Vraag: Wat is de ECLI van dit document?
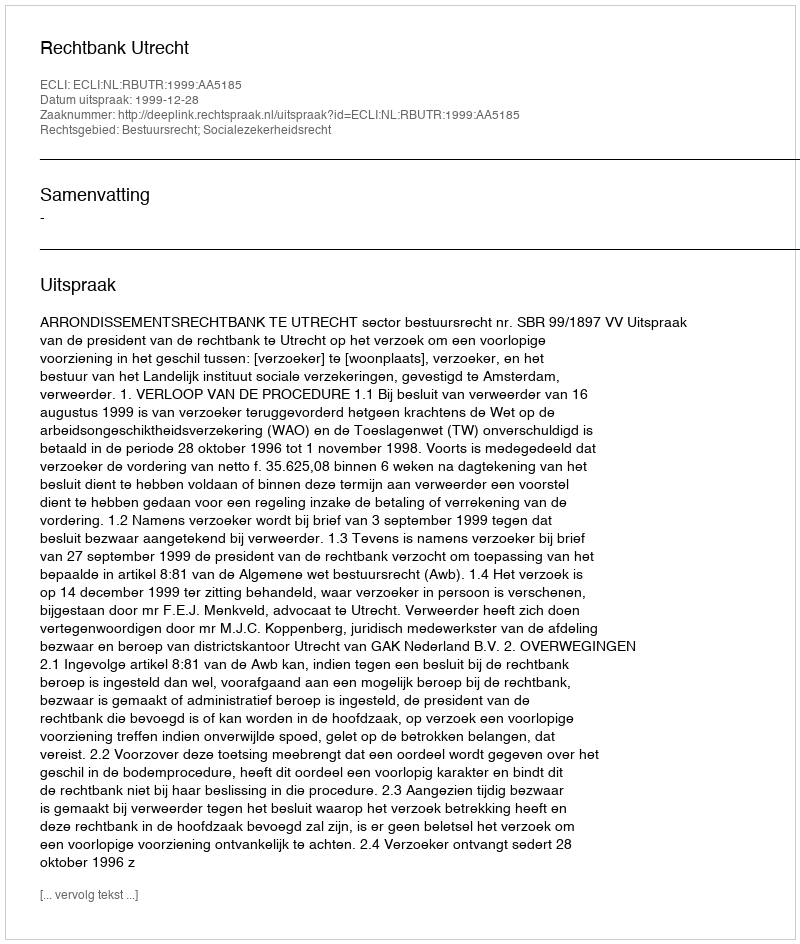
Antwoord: ECLI:NL:RBUTR:1999:AA5185